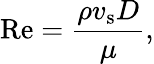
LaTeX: \mathrm{Re}={\frac{\rho v_{\mathrm{s}}D}{\mu}},